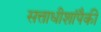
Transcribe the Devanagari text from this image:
सत्ताधीशांपैकी